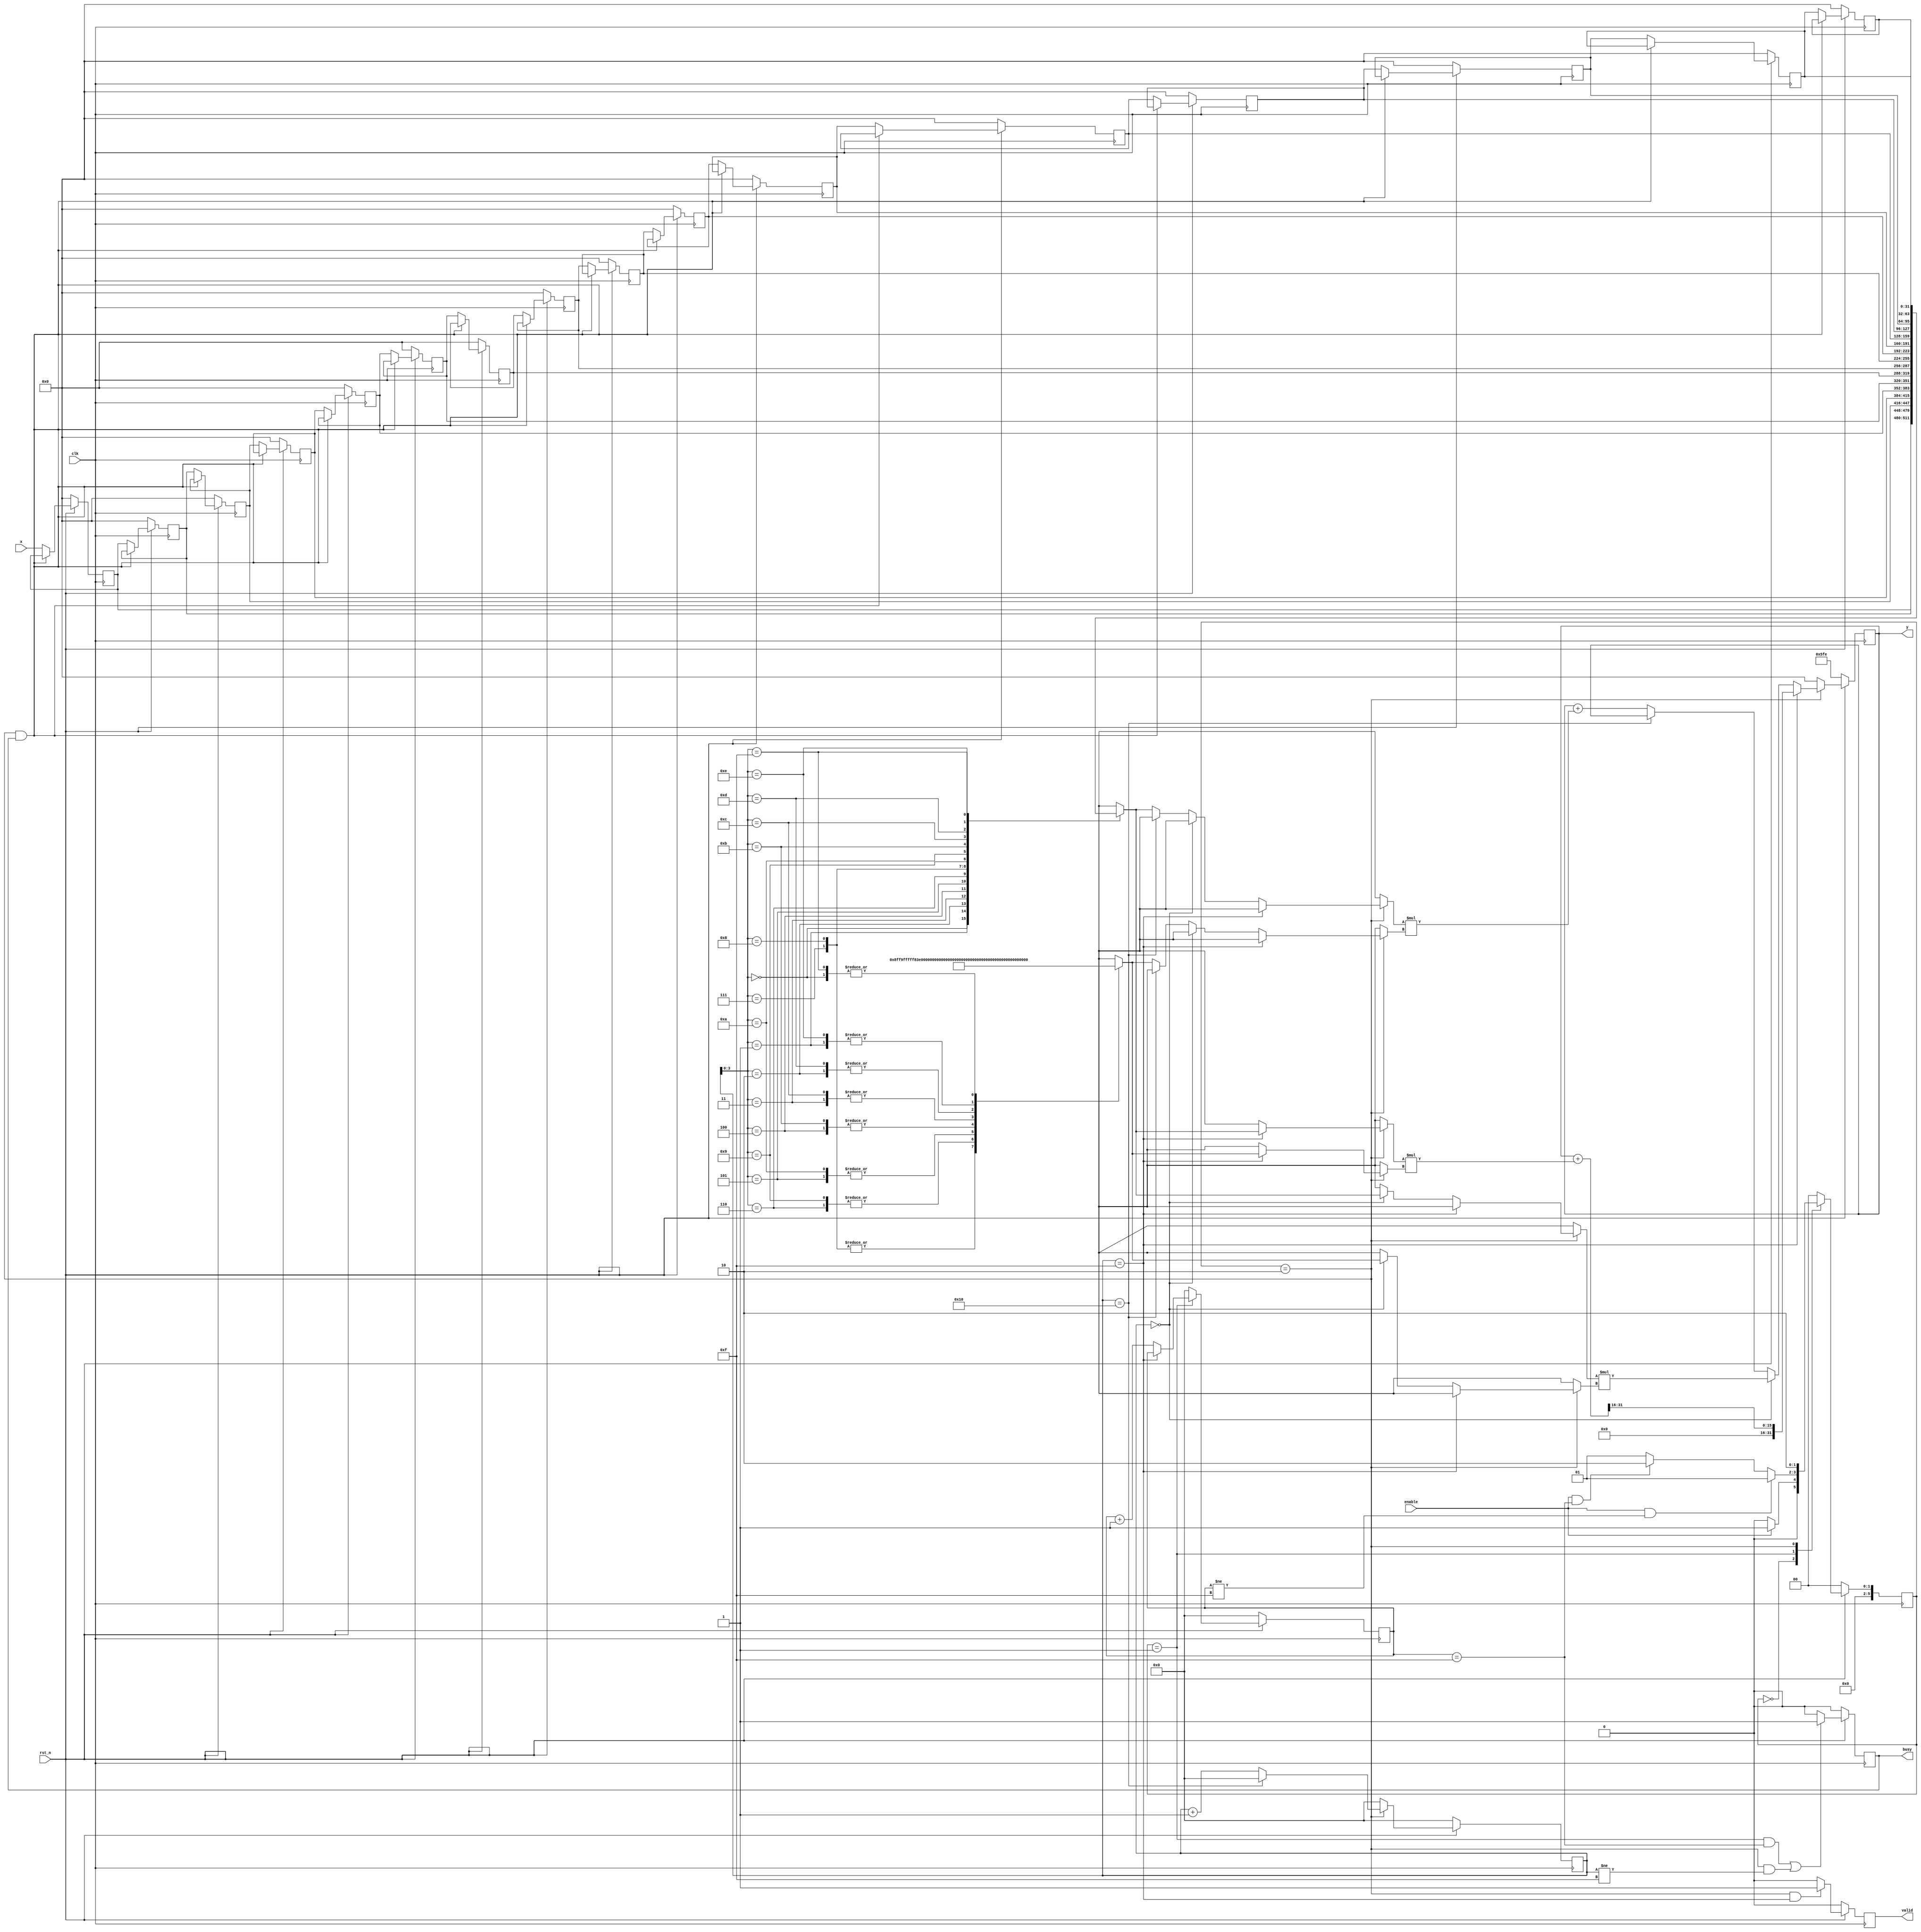
module fir1
#(parameter N=32)
(
input      clk,
input      rst_n,
input      enable,
input      [N-1:0]x,
output reg busy,
output reg valid,
output reg [N-1:0]y
);
localparam IDLE = 6'b00,
           EVA  = 6'b01,
           BUSY = 6'b10;

reg [N-1:0] y_n;

// coeff.
wire signed [N-1:0] a[15:0]; 

reg signed [N-1:0] x_n[15:0];
reg signed [N-1:0] x_n_n[15:0];



reg [5:0] state, state_n;
reg [5:0] cnt, cnt_n;
reg [5:0] cnt_s, cnt_s_n;

reg valid_n;
reg busy_n;
integer i;

assign a[0] = -157;
assign a[1] = 380;
assign a[2] = -399;
assign a[3] = -838;
assign a[4] = 3466;
assign a[5] = -4548;
assign a[6] = -1987;
assign a[7] = 36857;
assign a[8] = 36857;
assign a[9] = -1987;
assign a[10] = -4548;
assign a[11] = 3466;
assign a[12] = -838;
assign a[13] = -399;
assign a[14] = 380;
assign a[15] = -157;




always@(posedge clk)
begin
  if(~rst_n)begin
    state <= IDLE;
    cnt   <= 0;
    cnt_s   <= 0;
    valid <= 0;
    busy  <= 0;
    y     <= 1534;

    for (i = 0; i < 16; i = i + 1) begin
      x_n_n[i] <= 0;
    end
    
  end
  else begin
    state <= state_n;
    cnt   <= cnt_n;
    cnt_s   <= cnt_s_n;
    valid <= valid_n;
    busy  <= busy_n;
    y     <= y_n;
    
    for (i = 0; i < 16; i = i + 1) begin
      x_n_n[i] <= x_n[i];
    end
  
  end
end

always@*
begin
  case(state)
    IDLE : state_n = enable ? EVA : IDLE;
    EVA  : begin
      if (enable && cnt_s != 15)
        state_n = EVA;
      else if (enable && cnt_s == 15)
        state_n = BUSY;
      else 
        state_n = EVA;
    end
    BUSY:
        state_n = BUSY;
    default : state_n = IDLE;
  endcase
end

always @(*) begin
  if (state == BUSY) begin
    if (cnt == 15) begin
      // shift 16 bit for output
      y_n = (y + x_n_n[cnt] * a[cnt]) >> 16;
    end
    else if (cnt == 0)
      y_n = x_n_n[cnt] * a[cnt];
    else if (cnt == 16)
      y_n = y;
    else
      y_n = y + x_n_n[cnt] * a[cnt];
  end
  else 
    y_n = 0;
    
end

always @(*) begin
  if (state == BUSY && busy) begin
    for (i = 0; i < 16; i = i + 1) begin
      x_n[i] = x_n_n[i];
    end
  end
  else begin
      x_n[15] = x_n_n[14];
      x_n[14] = x_n_n[13];
      x_n[13] = x_n_n[12];	
      x_n[12] = x_n_n[11];
      x_n[11] = x_n_n[10];
      x_n[10] = x_n_n[9];
      x_n[9] = x_n_n[8];
      x_n[8] = x_n_n[7];
      x_n[7] = x_n_n[6];
      x_n[6] = x_n_n[5];
      x_n[5] = x_n_n[4];  
      x_n[4] = x_n_n[3];
      x_n[3] = x_n_n[2];
      x_n[2] = x_n_n[1];
      x_n[1] = x_n_n[0];
      x_n[0] = x;
  end
end

// always @(*) begin
//   if (state == EVA && busy) begin
//     curr_sum = a[idx] * x_n[idx] + prev_sum;
//   end
//   else begin
//     curr_sum = 0;
//   end
// end

// always @(*) begin
//   if(state == EVA)
//     if(idx2 == 16)
//       idx2_n = 0;
//     else
//       idx2_n = idx2 + 1;
//   else
//     idx2_n = 0;
// end

// always @(*) begin
//     // if ()
//     // else
//     // y_n = a[0]*x_n[0] + a[1]*x_n[1] + a[2]*x_n[2] + a[3]*x_n[3] + a[4]*x_n[4] +
//     //         a[5]*x_n[5] + a[6]*x_n[6] + a[7]*x_n[7] + a[8]*x_n[8] + a[9]*x_n[9] +
//     //         a[10]*x_n[10] + a[11]*x_n[11] + a[12]*x_n[12] + a[13]*x_n[13] + a[14]*x_n[14] + a[15]*x_n[15];
// end

always@*
begin
  if(state == EVA)
    if(cnt == 15)
      cnt_s_n = cnt_s;
    else
      cnt_s_n = cnt_s + 1;
  else
    cnt_s_n = 0;
end

always@*
begin
  if(state == BUSY)
    if(cnt == 16)
      cnt_n = 0;
    else
      cnt_n = cnt + 1;
  else
    cnt_n = 0;
end

always@*
begin
  if((state == BUSY) && (cnt == 15))
    valid_n = 1;
  else
    valid_n = 0;
end

always@*
begin
  if(state == EVA && cnt_s == 15 || state == BUSY && cnt != 15)
    busy_n = 1;
  else
    busy_n = 0;
end

endmodule